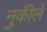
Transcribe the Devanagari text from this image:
नुकीलें